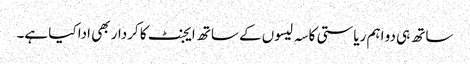
ساتھ ہی دو اہم ریاستی کاسہ لیسوں کے ساتھ ایجنٹ کا کردار بھی ادا کیا ہے۔